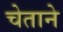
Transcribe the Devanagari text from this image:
चेताने